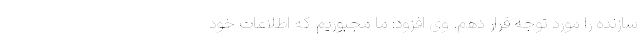
سازنده را مورد توجه قرار دهم. وی افزود: ما مجبوریم که اطلاعات خود